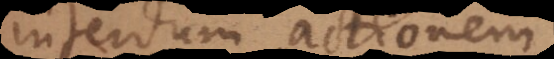
interdum actionem,